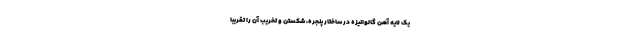
یک لایه آهن گالوانیزه در ساختار پنجره، شکستن و تخریب آن را تقریباً